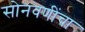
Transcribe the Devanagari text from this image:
सोनवणींचा